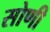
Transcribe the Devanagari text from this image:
सोणी